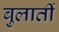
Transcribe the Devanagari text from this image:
बुलातीं